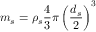
m _ { s } = \rho _ { s } \frac { 4 } { 3 } \pi \left( \frac { d _ { s } } { 2 } \right) ^ { 3 }